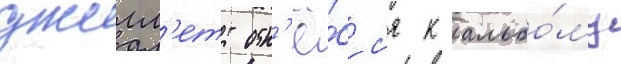
джилл'етт отн'ё́сс'я к альбо́му